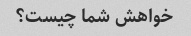
خواهش شما چیست؟